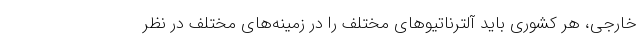
خارجی، هر کشوری باید آلترناتیوهای مختلف را در زمینه‌های مختلف در نظر